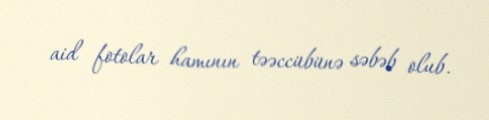
aid fotolar hamının təəccübünə səbəb olub.